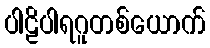
ပါဠိပါရဂူတစ်ယောက်